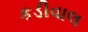
કડીવાલ